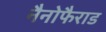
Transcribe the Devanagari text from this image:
नैनोफैराड